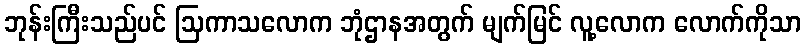
ဘုန်းကြီးသည်ပင် ဩကာသလောက ဘုံဌာနအတွက် မျက်မြင် လူ့လောက လောက်ကိုသာ